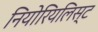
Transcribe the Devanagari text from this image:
नियोरियलिस्ट